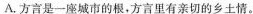
A.方言是一座城市的根，方言里有亲切的乡土情。